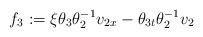
LaTeX: \begin{align*}f_{3}:=\xi\theta_{3}\theta_{2}^{-1}v_{2x}-\theta_{3t}\theta_{2}^{-1}v_{2}\end{align*}